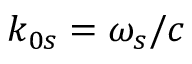
k _ { 0 s } = \omega _ { s } / c